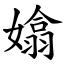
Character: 嬆